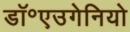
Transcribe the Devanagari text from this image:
डॉ॰एउगेनियो